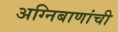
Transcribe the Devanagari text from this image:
अग्निबाणांची